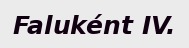
Faluként IV.